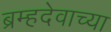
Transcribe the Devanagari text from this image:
ब्रम्हदेवाच्या